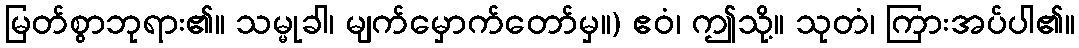
မြတ်စွာဘုရား၏။ သမ္မုခါ၊ မျက်မှောက်တော်မှ။) ဧဝံ၊ ဤသို့။ သုတံ၊ ကြားအပ်ပါ၏။